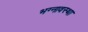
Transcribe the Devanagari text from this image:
भग्‍नावस्‍था